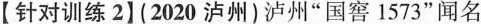
【针对训练2】(2020泸州)泸州”国窖1573”闻名